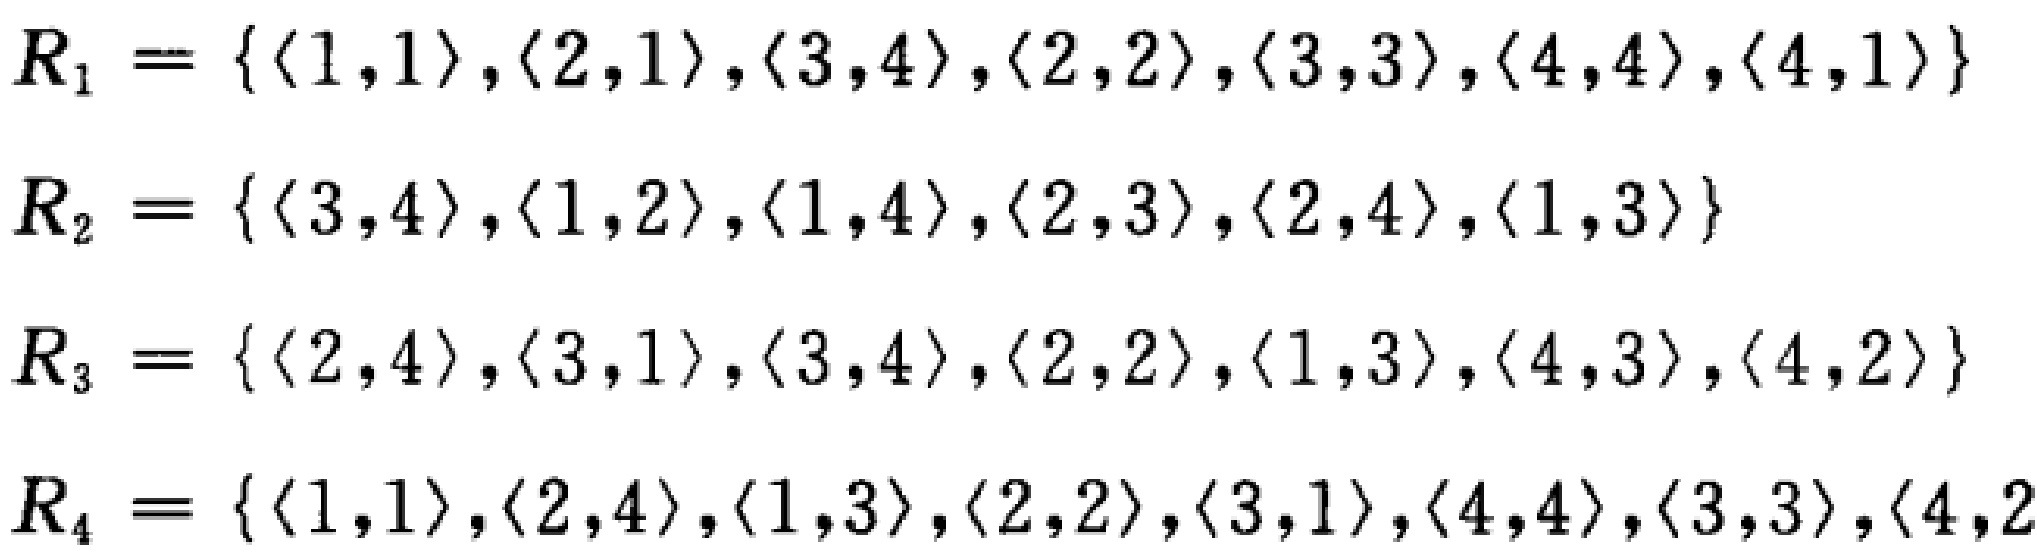
\[
\begin{align*}
R_1&=\{\langle 1,1\rangle,\langle 2,1\rangle,\langle 3,4\rangle,\langle 2,2\rangle,\langle 3,3\rangle,\langle 4,4\rangle,\langle 4,1\rangle\}\\
R_2&=\{\langle 3,4\rangle,\langle 1,2\rangle,\langle 1,4\rangle,\langle 2,3\rangle,\langle 2,4\rangle,\langle 1,3\rangle\}\\
R_3&=\{\langle 2,4\rangle,\langle 3,1\rangle,\langle 3,4\rangle,\langle 2,2\rangle,\langle 1,3\rangle,\langle 4,3\rangle,\langle 4,2\rangle\}\\
R_4&=\{\langle 1,1\rangle,\langle 2,4\rangle,\langle 1,3\rangle,\langle 2,2\rangle,\langle 3,1\rangle,\langle 4,4\rangle,\langle 3,3\rangle,\langle 4,2\rangle\}
\end{align*}
\]